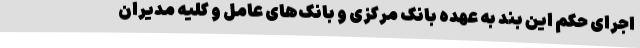
اجرای حکم این بند به عهده بانک مرکزی و بانک‌های عامل و کلیه مدیران